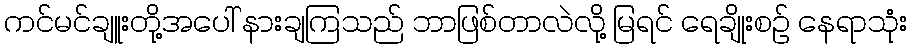
ကင်မင်ချူးတို့အပေါ် နားချကြသည် ဘာဖြစ်တာလဲလို့ မြရင် ရေချိုးစဉ် နေရာသုံး